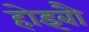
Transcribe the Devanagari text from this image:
होइबौ